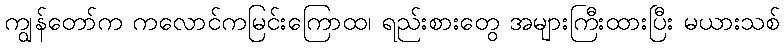
ကျွန်တော်က ကလောင်ကမြင်းကြောထ၊ ရည်းစားတွေ အများကြီးထားပြီး မယားသစ်